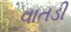
વાતડી